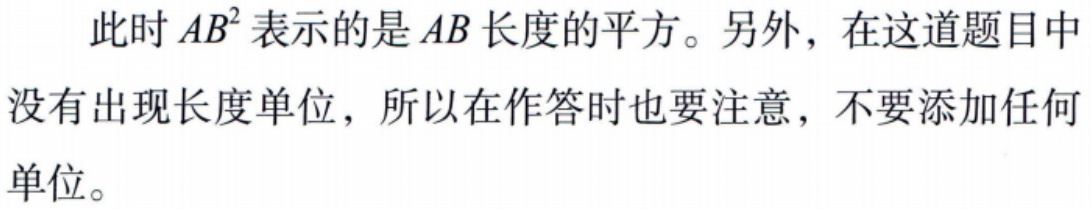
此时 \(AB^{2}\) 表示的是 \(AB\) 长度的平方。另外，在这道题目中没有出现长度单位，所以在作答时也要注意，不要添加任何单位。